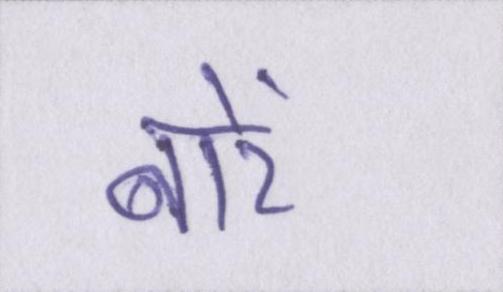
बारें